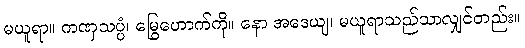
မယူရာ။ ကဏှသပ္ပံ၊ မြွေဟောက်ကို။ နော အဒေယျ၊ မယူရာသည်သာလျှင်တည်း။